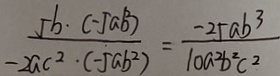
\frac { 5 b \cdot ( - 5 a b ^ { 2 } ) } { - 2 a c ^ { 2 } \cdot ( - 5 a b ^ { 2 } ) } = \frac { - 2 5 a b ^ { 3 } } { 1 0 a ^ { 2 } b ^ { 2 } c ^ { 2 } }